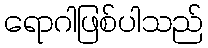
ရောဂါဖြစ်ပါသည်